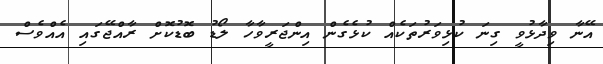
އޭނާ ވިދާޅުވީ ގިނަ ކުޅިވަރުތަކެއް ކުޅެގެން އިންޖަރީވާހާ ލޯޑު ބޮޑުކޮށް ރާއްޖޭގައި އެއްވެސް